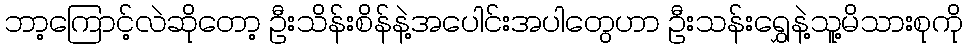
ဘာ့ကြောင့်လဲဆိုတော့ ဦးသိန်းစိန်နဲ့အပေါင်းအပါတွေဟာ ဦးသန်းရွှေနဲ့သူ့မိသားစုကို